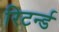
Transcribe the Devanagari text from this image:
रिटर्न्ड